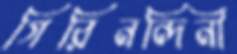
গিরিনন্দিনী